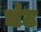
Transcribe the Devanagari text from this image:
धंट